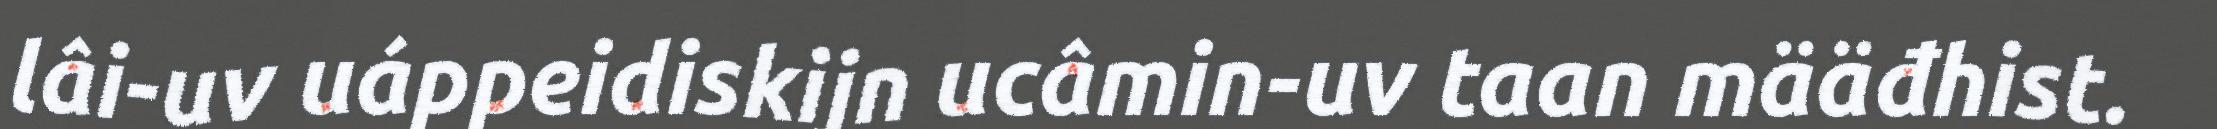
lâi-uv uáppeidiskijn ucâmin-uv taan määđhist.